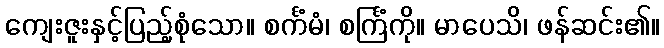
ကျေးဇူးနှင့်ပြည့်စုံသော။ စင်္ကံမံ၊ စင်္ကြံကို။ မာပေသိ၊ ဖန်ဆင်း၏။